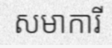
សមាការី